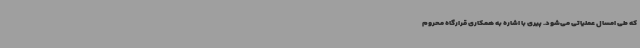
که طی امسال عملیاتی می‌شود. پیری با اشاره به همکاری قرارگاه محروم